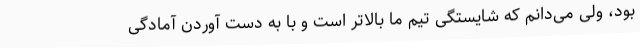
بود، ولی می‌دانم که شایستگی تیم ما بالاتر است و با به دست آوردن آمادگی